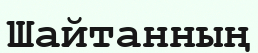
Шайтанның